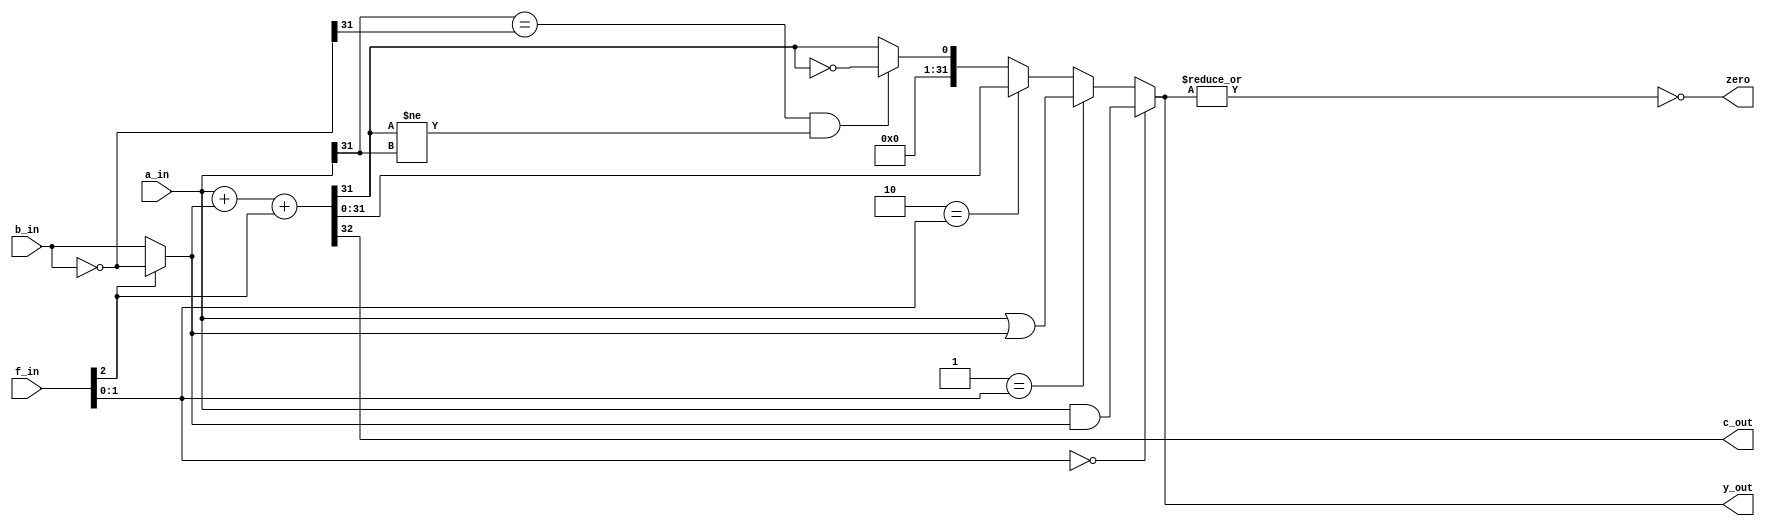
module alu (
    input  [31:0] a_in, b_in,
    input  [ 2:0] f_in ,
    output        zero,
    output        c_out,
    output [31:0] y_out
);

    wire [31:0] not_b_in;
    assign not_b_in = ~ b_in;

    wire [31:0] b_mux_not_b;
    assign b_mux_not_b = (1'b0 == f_in[2]) ? b_in : not_b_in;

    wire [31:0] fx00;
    assign fx00 = a_in & b_mux_not_b;

    wire [31:0] fx01;
    assign fx01 = a_in | b_mux_not_b;

    wire [31:0] fx10;
    assign {c_out, fx10} = a_in + b_mux_not_b + f_in[2];

    wire [31:0] fx11;
    assign fx11 = {{31{1'b0}}, ((a_in[31] == not_b_in[31]) && (fx10[31] != a_in[31])) ? ~(fx10[31]) : fx10[31]};

    assign zero = ~| y_out;

    assign y_out = 2'b00 == f_in[1:0] ? fx00 : (2'b01 == f_in[1:0] ? fx01 : (2'b10 == f_in[1:0] ? fx10 : fx11 ));

endmodule